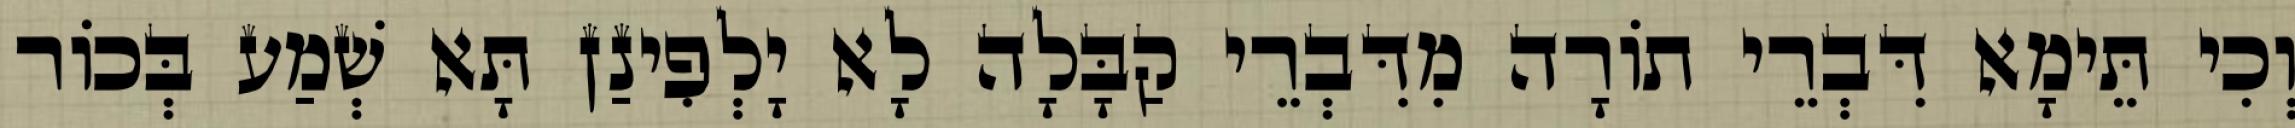
וְכִי תֵּימָא דִּבְרֵי תוֹרָה מִדִּבְרֵי קַבָּלָה לָא יָלְפִינַן תָּא שְׁמַע בְּכוֹר